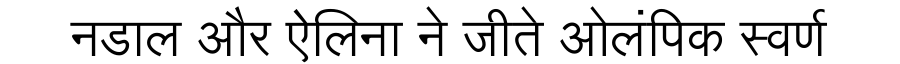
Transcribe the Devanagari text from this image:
नडाल और ऐलिना ने जीते ओलंपिक स्वर्ण